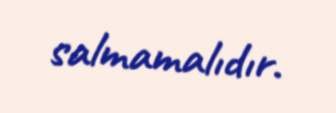
salmamalıdır.